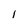
Character: 1